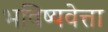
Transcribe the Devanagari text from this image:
भविष्यवेत्ता